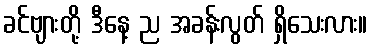
ခင်ဗျားတို့ ဒီနေ့ ည အခန်းလွတ် ရှိသေးလား။